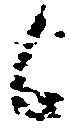
候